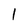
Character: 1